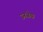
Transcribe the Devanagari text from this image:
उनजेस